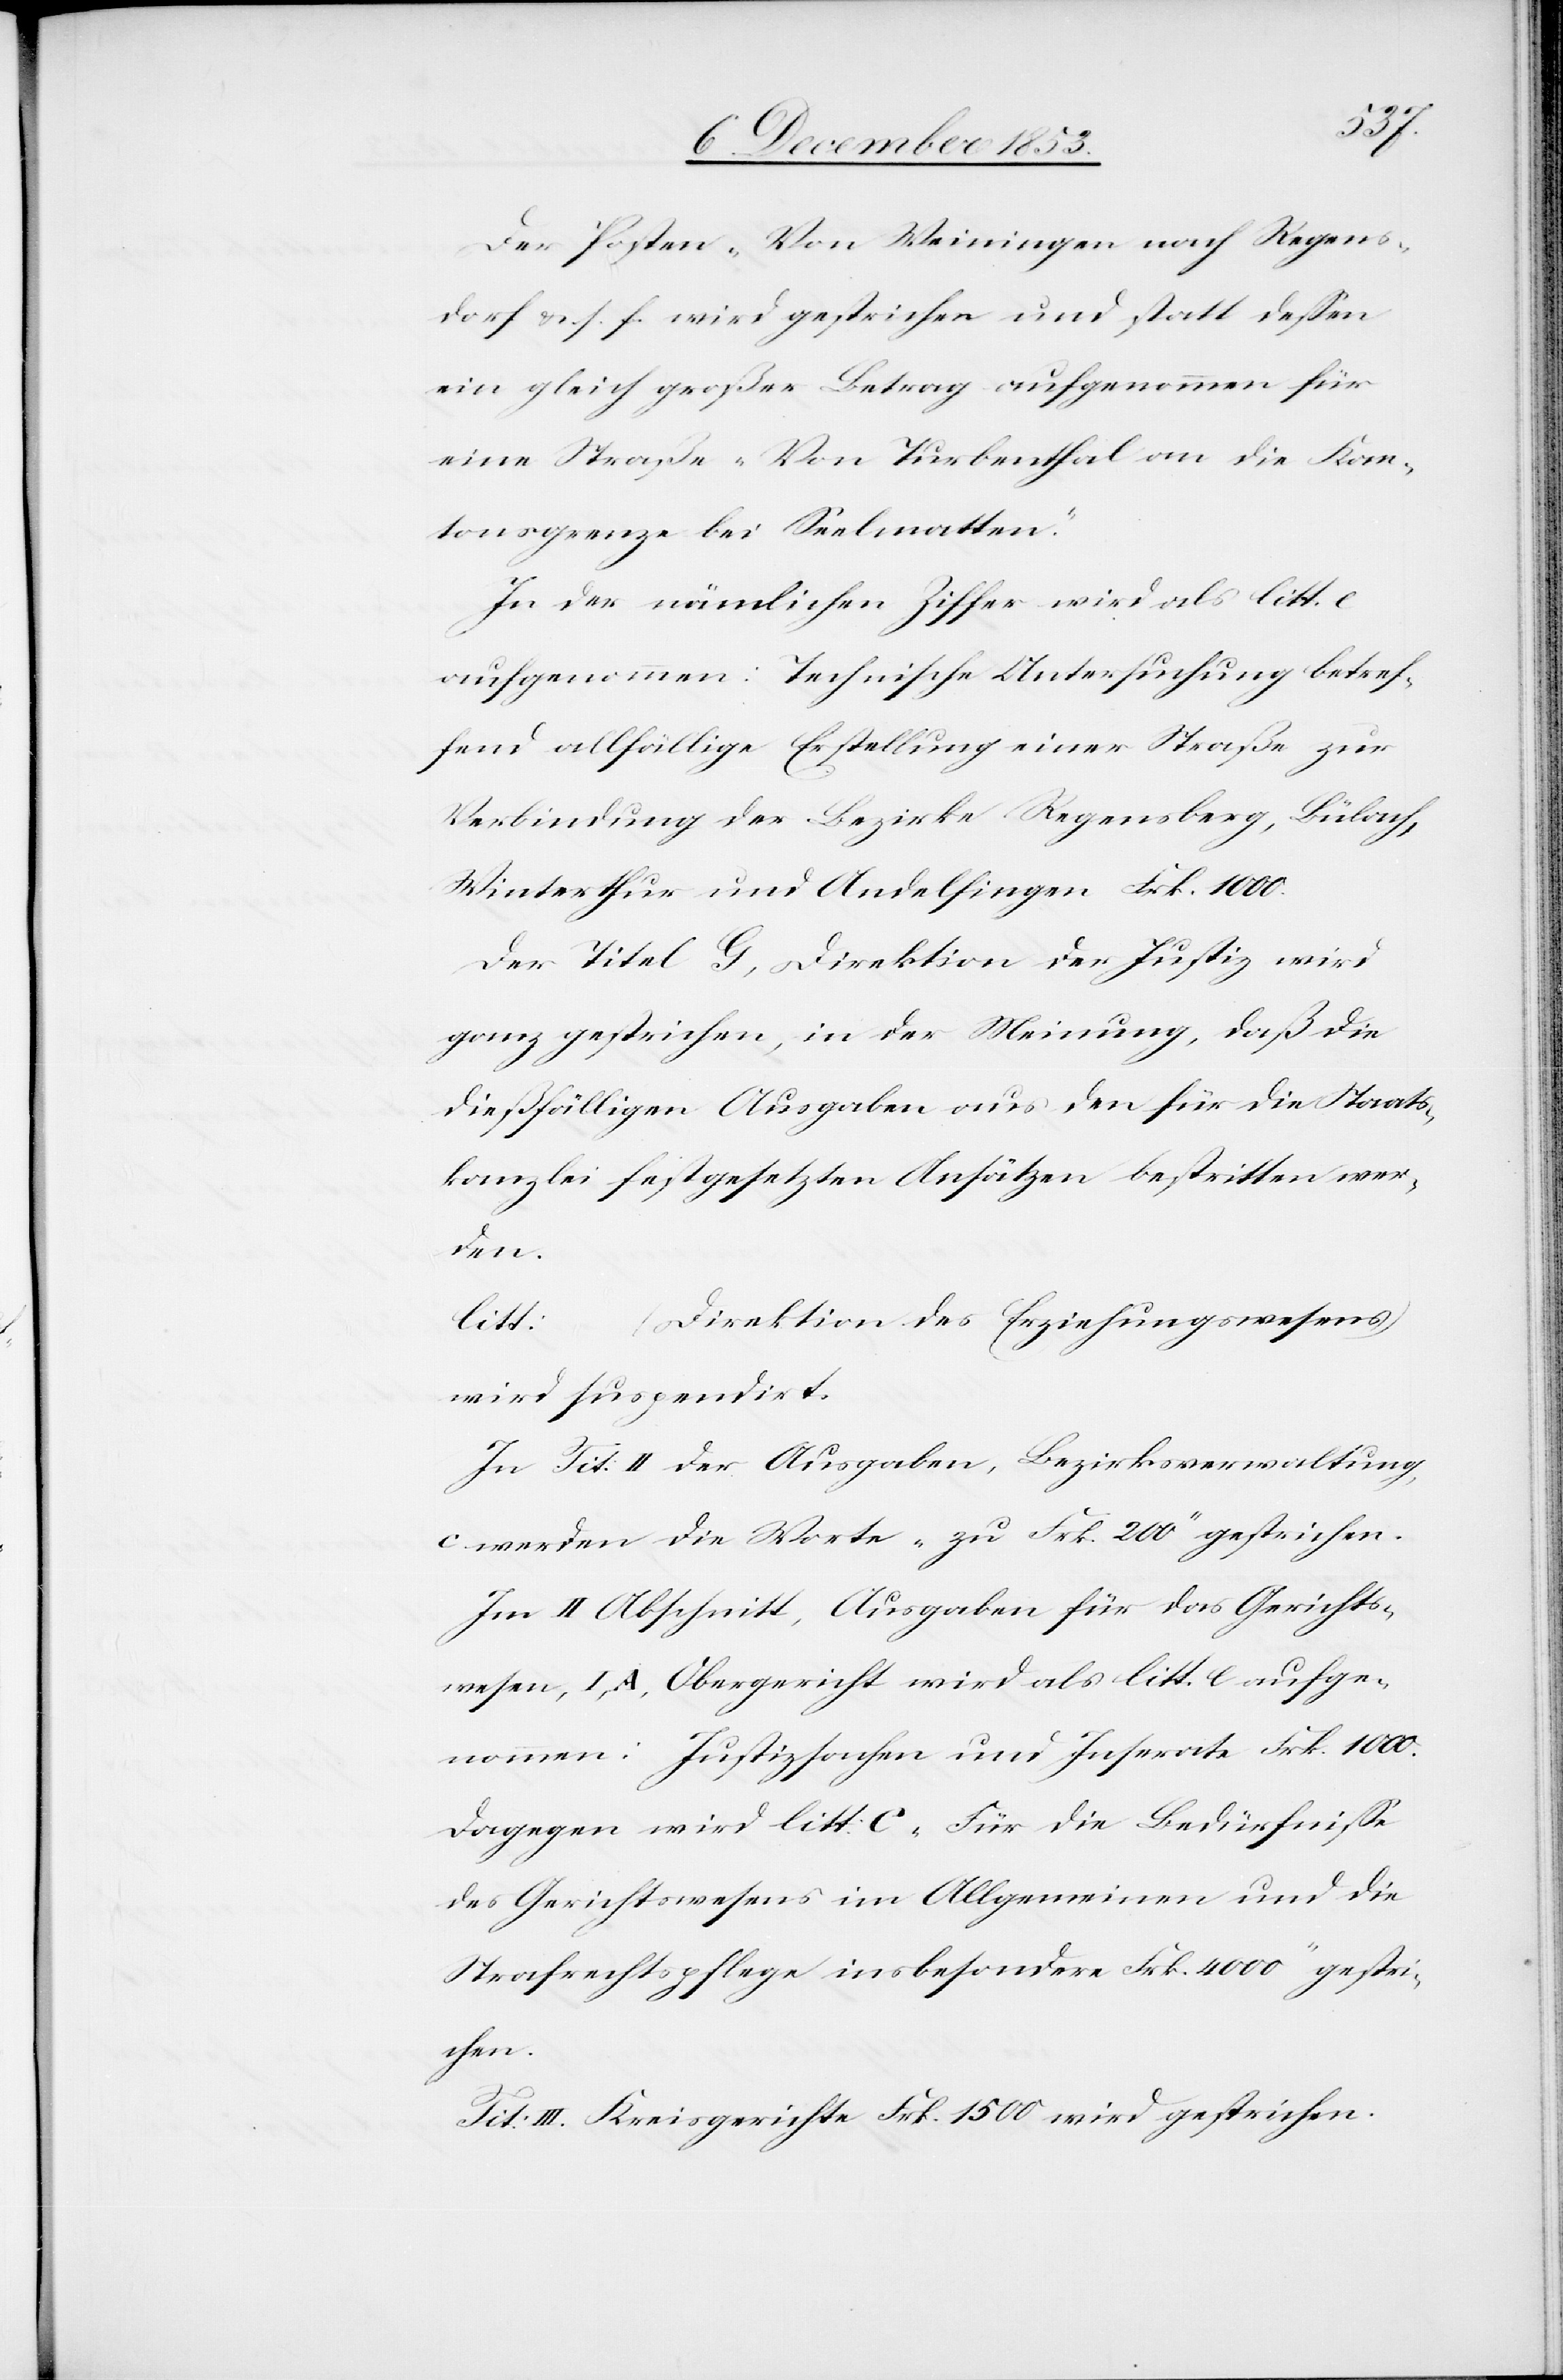
Der Posten „Von Weiningen nach Regens¬
dorf u. s. f. wird gestrichen und statt deßen
ein gleich großer Betrag aufgenommen für
eine Straße „Von Turbenthal an die Kan¬
tonsgrenze bei Seelmatten.“
In der nämlichen Ziffer wird als litt. c.
aufgenommen: Technische Untersuchung betref¬
fend allfällige Erstellung einer Straße zur
Verbindung der Bezirke Regensberg, Bülach,
Winterthur und Andelfingen Frk. 1000.
Der Titel G, Direktion der Justiz wird
ganz gestrichen, in der Meinung, daß die
dießfälligen Ausgaben aus den für die Staats¬
kanzlei festgesetzten Ansätzen bestritten wer¬
den.
(Direktion des Erziehungswesens)
litt:
wird suspendirt.
In Tit: II der Ausgaben, Bezirksverwaltung
c werden die Werte „zu Frk. 200“ gestrichen.
Im II Abschnitt, Ausgaben für das Gerichts¬
wesen, I A, Obergericht wird als litt. c aufge¬
nommen: Justizsachen und Inserate Frk. 1000.
Dagegen wird litt. C „Für die Bedürfniße
des Gerichtswesens im Allgemeinen und die
Strafrechtspflege insbesondere Frk. 4000“ gestri¬
chen.
Tit: III. Kreisgerichte Frk. 1500 wird gestrichen.